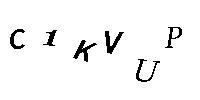
C1KVUP